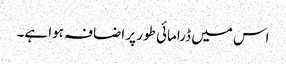
اس میں ڈرامائی طور پر اضافہ ہوا ہے۔